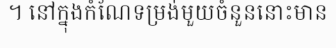
។ នៅក្នុងកំណែទម្រង់មួយចំនួននោះមាន